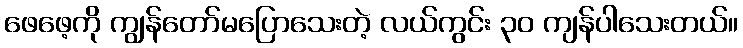
ဖေဖေ့ကို ကျွန်တော်မပြောသေးတဲ့ လယ်ကွင်း ၃၀ ကျန်ပါသေးတယ်။